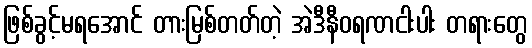
ဖြစ်ခွင့်မရအောင် တားမြစ်တတ်တဲ့ အဲဒီနီဝရဏငါးပါး တရားတွေ